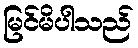
မြင်မိပါသည်